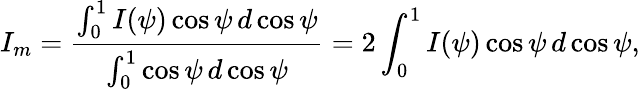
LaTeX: I_{m}={\frac{\int_{0}^{1}I(\psi)\cos\psi\, d\cos\psi}{\int_{0}^{1}\cos\psi\, d\cos\psi}}=2\int_{0}^{1}I(\psi)\cos\psi\, d\cos\psi,